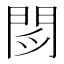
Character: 𲈧